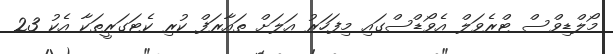
މޯލްޑިވްސް ޓްރެވަލް އެވޯޑްސްގައި މިފަހަރު އަލަށް ތައާރަފް ކުރި ކެޓަގަރީތަކާ އެކު 23